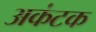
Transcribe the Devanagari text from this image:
अकंटक